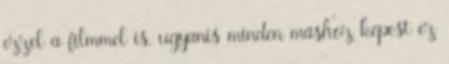
ezzel a filmmel is, ugyanis minden máshoz képest ez